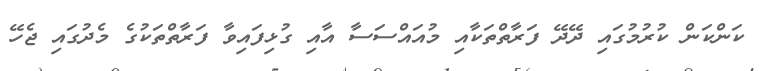
ކަންކަން ކުރުމުގައި ދޭދޭ ފަރާތްތަކާއި މުއައްސަސާ އާއި ގުޅިފައިވާ ފަރާތްތަކުގެ މެދުގައި ޖެހޭ